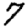
Digit: 7